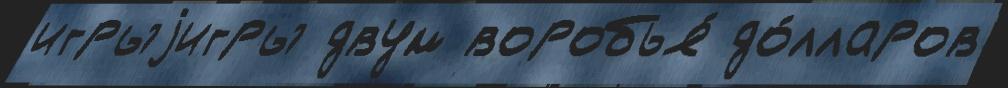
игрыjигры двум воробья́ до́лларов